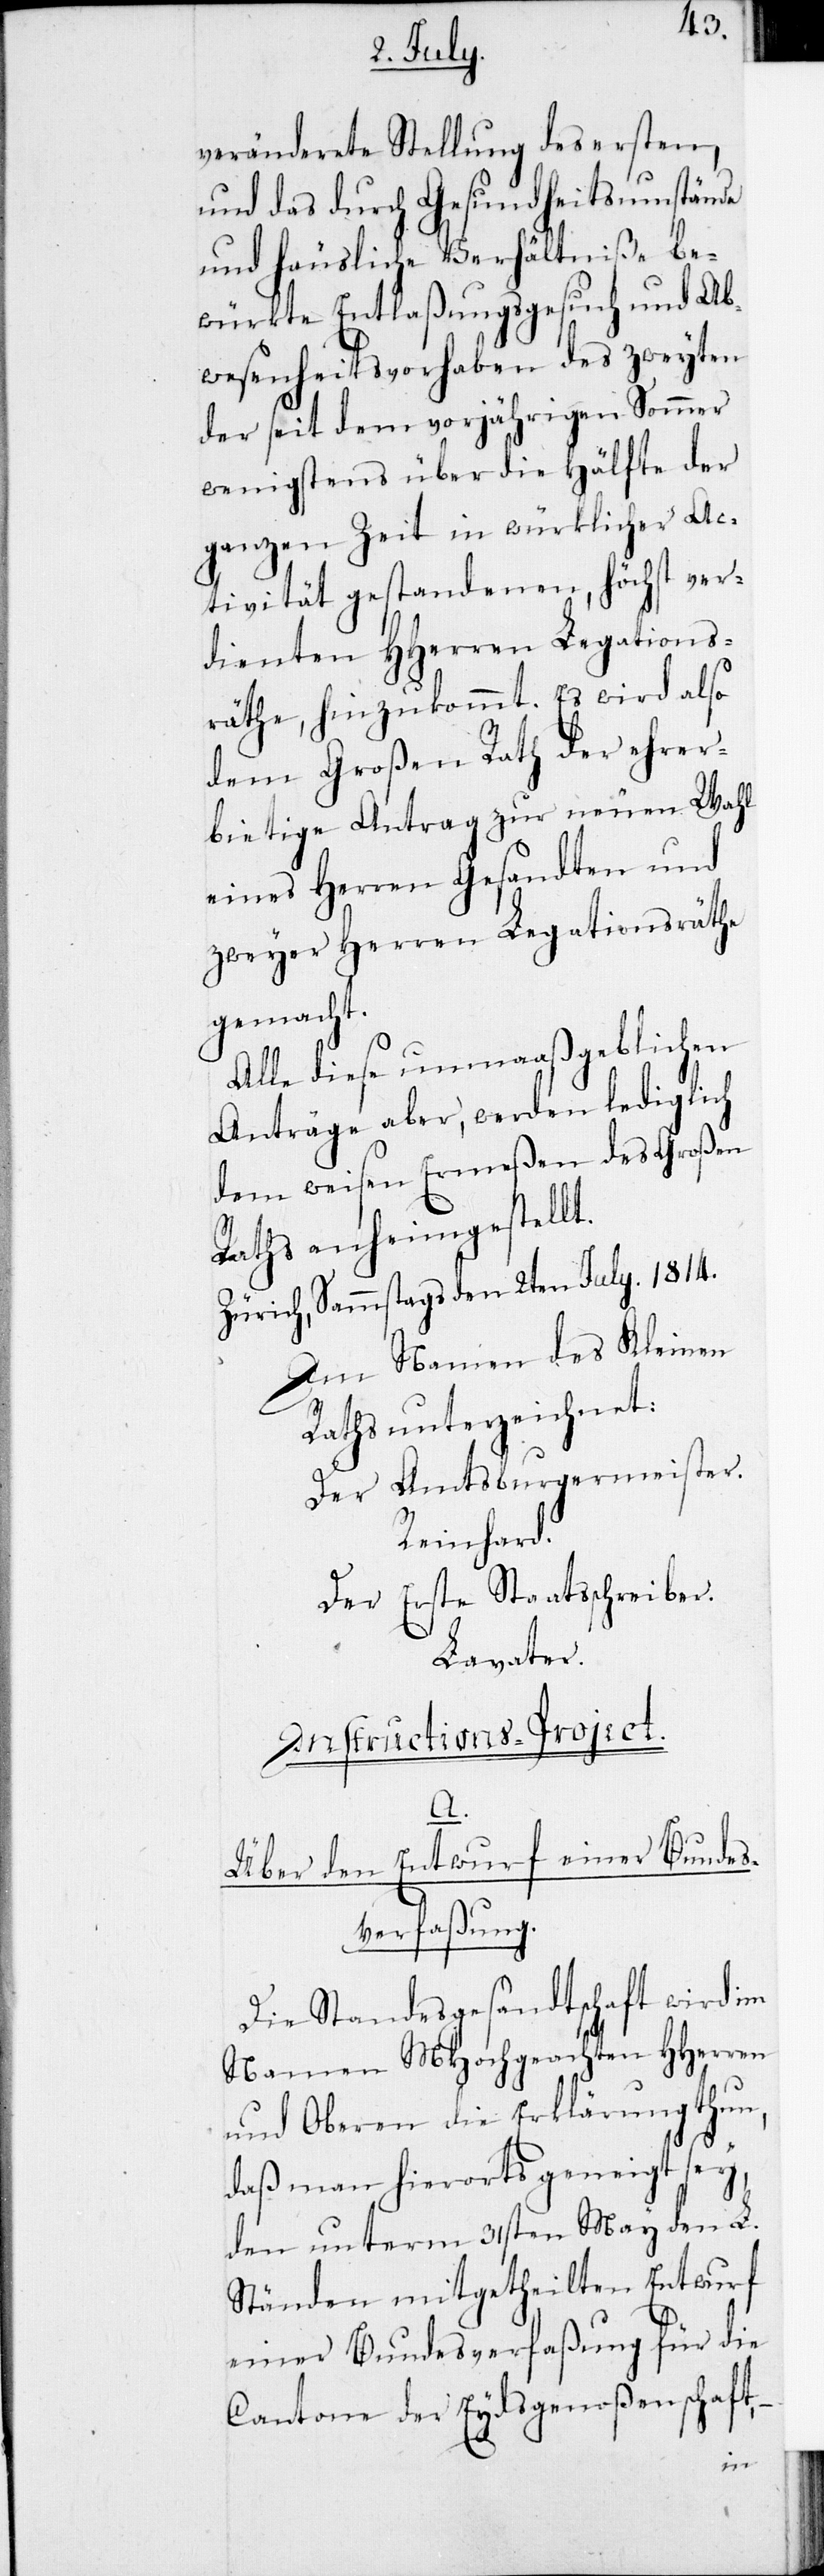
veränderete Stellung des ersten
und des durch Gesundheitsumstände
und häusliche Verhältniße be¬
würkte Entlaßungsgesuch und Ab¬
wesenheitsvorhaben des zweyten,
der seit dem vorjährigen Sommer
wenigstens über die Hälfte der
ganzen Zeit in würklicher Ac¬
tivität gestanden, höchst ver¬
dienten HHerren Legations¬
räthe, hinzukommt. Es wird also
dem Großen Rath der ehrer¬
bietige Antrag zur neuen Wahl
eines Herren Gesandten und
zweyer Herren Legationsräthe
gemacht.
Alle diese unmaaßgeblichen
Anträge aber, werden lediglich
dem weisen Ermeßen des Großen
Raths anheimgestell¬
Zürich, Sammstags den 2ten July. 1814.
Im Namen des Kleinen
Raths unterzeichnet:
Der Amtsburgermeister.
Reinhard.
Der Erste Staatsschreiber.
Lavater.
Instructions-Project.
A.
Über den Entwurf einer Bundes¬
verfaßung.
Die Standesgesandtschaft wird im
Namen MHochgeachten HHerren
und Oberen die Erklärung thun,
daß man hierorts geneigt sey,
den unterm 31sten May den L.
Ständen mitgetheilten Entwurf
einer Bundesverfaßung für die
Cantone der Eydsgenoßenschaft,